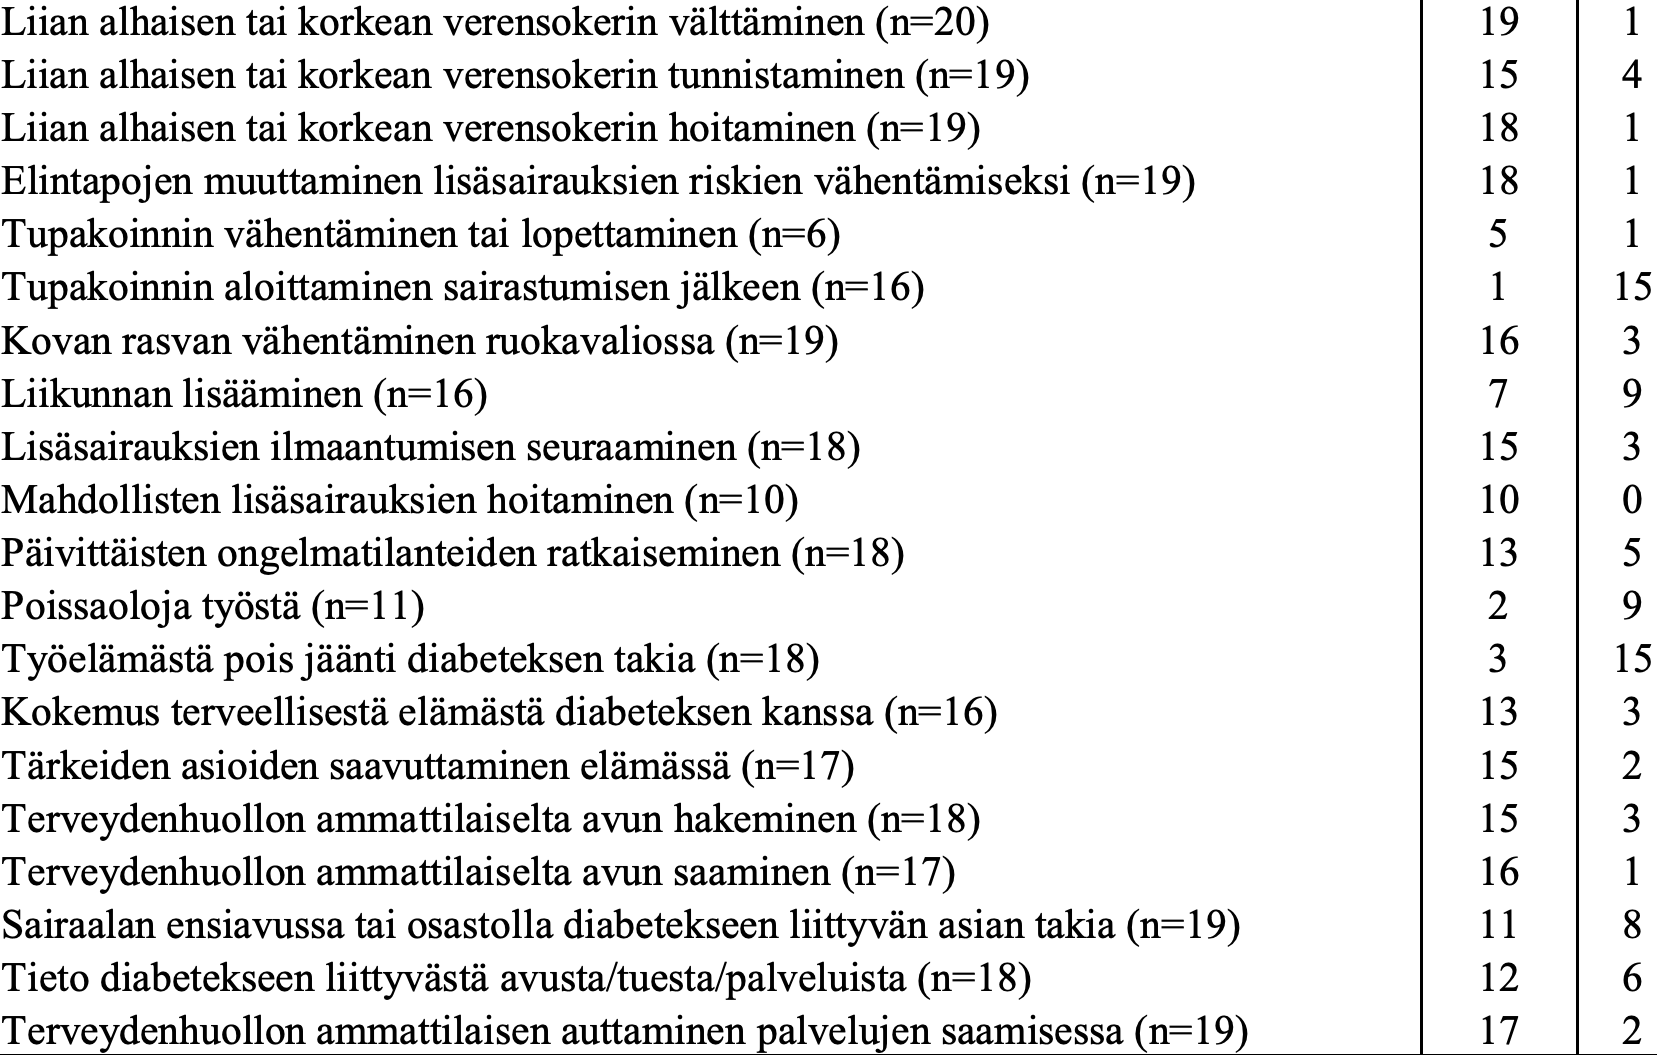
Liian alhaisen tai korkean verensokerin välttäminen (n=20) 19 1 Liian alhaisen tai korkean verensokerin tunnistaminen (n=19) 15 4 Liian alhaisen tai korkean verensokerin hoitaminen (n=19) 18 1 Elintapojen muuttaminen lisäsairauksien riskien vähentämiseksi (n=19) 18 1 Tupakoinnin vähentäminen tai lopettaminen (n=6)  5   1 Tupakoinnin aloittaminen sairastumisen jälkeen (n=16) 1 15 Kovan rasvan vähentäminen ruokavaliossa (n=19)   16  3 Liikunnan lisääminen (n=16)                      7   9 Lisäsairauksien ilmaantumisen seuraaminen (n=18) 15  3 Mahdollisten lisäsairauksien hoitaminen (n=10)   10  0 Päivittäisten ongelmatilanteiden ratkaiseminen (n=18) 13 5 Poissaoloja työstä (n=11)                        2   9 Työelämästä pois jäänti diabeteksen takia (n=18) 3   15 Kokemus terveellisestä elämästä diabeteksen kanssa (n=16) 13 3 Tärkeiden asioiden saavuttaminen elämässä (n=17) 15  2 Terveydenhuollon ammattilaiselta avun hakeminen (n=18) 15 3 Terveydenhuollon ammattilaiselta avun saaminen (n=17) 16 1 Sairaalan ensiavussa tai osastolla diabetekseen liittyvän asian takia (n=19) 11 8 Tieto diabetekseen liittyvästä avusta/tuesta/palveluista (n=18) 12 6 Terveydenhuollon ammattilaisen auttaminen palvelujen saamisessa (n=19) 17 2